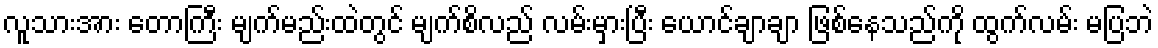
လူသားအား တောကြီး မျက်မည်းထဲတွင် မျက်စိလည် လမ်းမှားပြီး ယောင်ချာချာ ဖြစ်နေသည်ကို ထွက်လမ်း မပြဘဲ